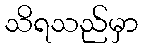
သိရသည်မှာ